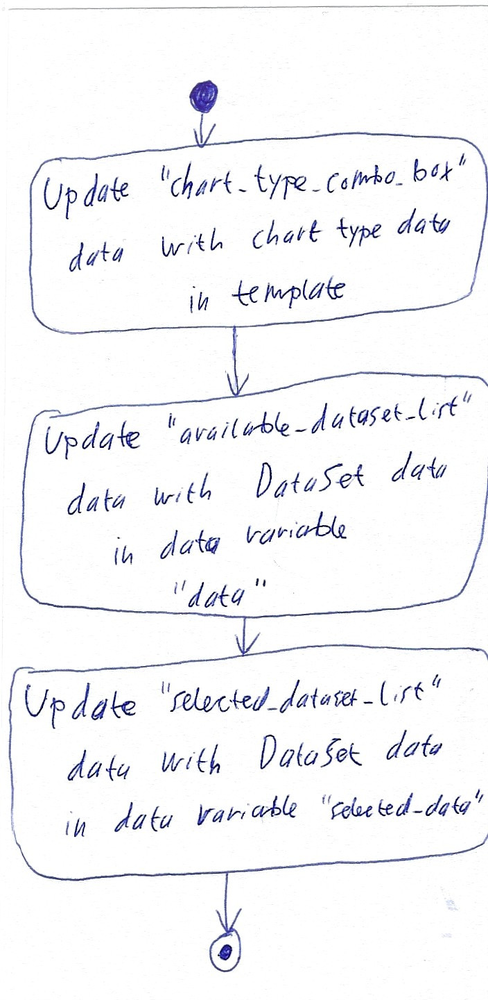
Diagram type: activity_diagram
```plantuml
@startuml

start

:Update "chart_type_combo_box" data with chart type data in template;

:Update "available_dataset_list" data with DataSet data in data variable "data";

:Update "selected_dataset_list" data with DataSet data in data variable "selected_data";

stop

@enduml
```